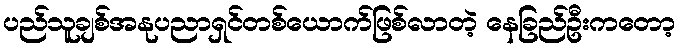
ပည်သူချစ်အနုပညာရှင်တစ်ယောက်ဖြစ်လာတဲ့ နေခြည်ဦးကတော့